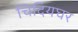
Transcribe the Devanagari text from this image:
चिदियघर